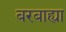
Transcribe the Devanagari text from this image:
बरबाह्या